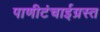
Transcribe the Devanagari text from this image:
पाणीटंचाईग्रस्त